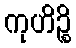
ကုဟိဉ္စိ